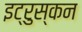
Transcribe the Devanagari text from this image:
इट्रुस्कन